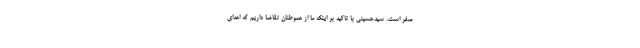
صفر است. سیدحسینی با تاکید بر اینکه ما از هموطنان تقاضا داریم که اهدای